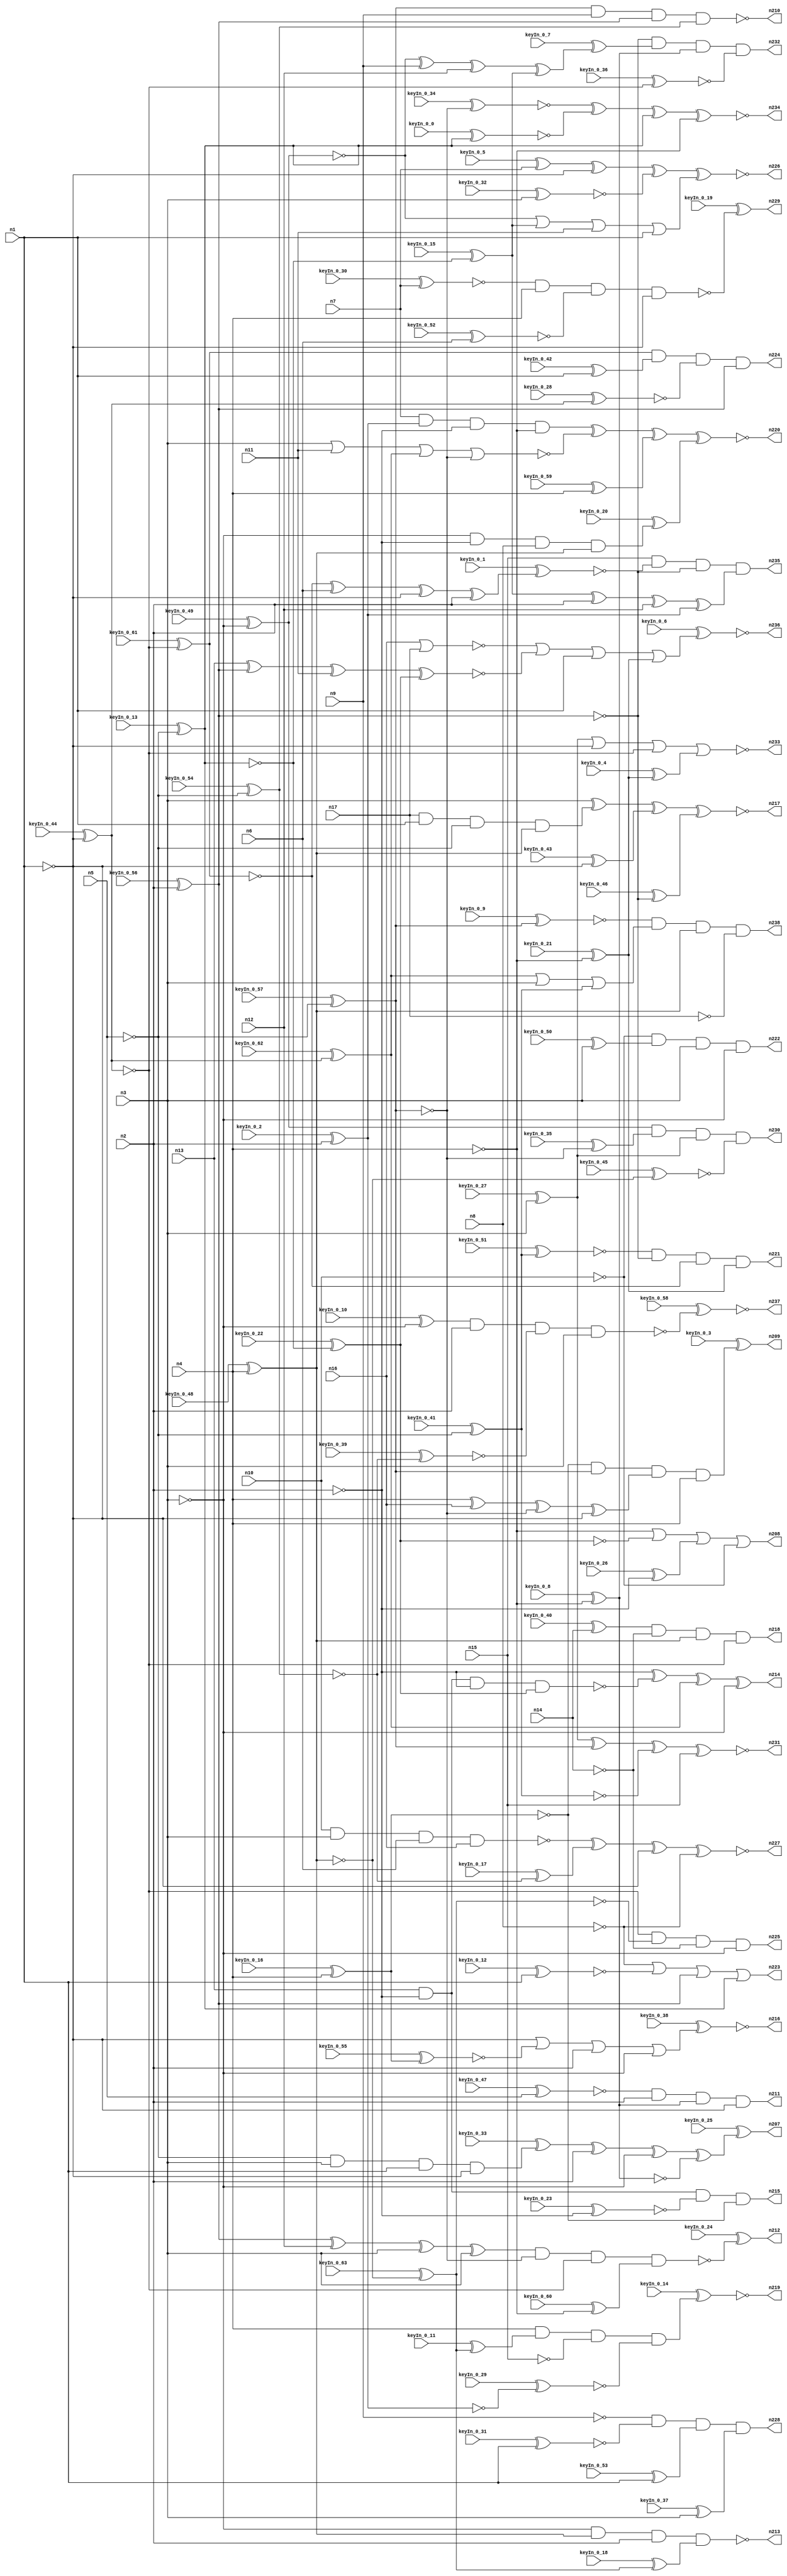


module Stat_221_421
(
  n1,
  n2,
  n3,
  n4,
  n5,
  n6,
  n7,
  n8,
  n9,
  n10,
  n11,
  n12,
  n13,
  n14,
  n15,
  n16,
  n17,
  n231,
  n212,
  n208,
  n238,
  n207,
  n226,
  n218,
  n214,
  n220,
  n227,
  n234,
  n235,
  n228,
  n222,
  n223,
  n209,
  n230,
  n224,
  n221,
  n210,
  n233,
  n216,
  n219,
  n237,
  n236,
  n232,
  n217,
  n213,
  n229,
  n215,
  n211,
  n225,
  keyIn_0_0,
  keyIn_0_1,
  keyIn_0_2,
  keyIn_0_3,
  keyIn_0_4,
  keyIn_0_5,
  keyIn_0_6,
  keyIn_0_7,
  keyIn_0_8,
  keyIn_0_9,
  keyIn_0_10,
  keyIn_0_11,
  keyIn_0_12,
  keyIn_0_13,
  keyIn_0_14,
  keyIn_0_15,
  keyIn_0_16,
  keyIn_0_17,
  keyIn_0_18,
  keyIn_0_19,
  keyIn_0_20,
  keyIn_0_21,
  keyIn_0_22,
  keyIn_0_23,
  keyIn_0_24,
  keyIn_0_25,
  keyIn_0_26,
  keyIn_0_27,
  keyIn_0_28,
  keyIn_0_29,
  keyIn_0_30,
  keyIn_0_31,
  keyIn_0_32,
  keyIn_0_33,
  keyIn_0_34,
  keyIn_0_35,
  keyIn_0_36,
  keyIn_0_37,
  keyIn_0_38,
  keyIn_0_39,
  keyIn_0_40,
  keyIn_0_41,
  keyIn_0_42,
  keyIn_0_43,
  keyIn_0_44,
  keyIn_0_45,
  keyIn_0_46,
  keyIn_0_47,
  keyIn_0_48,
  keyIn_0_49,
  keyIn_0_50,
  keyIn_0_51,
  keyIn_0_52,
  keyIn_0_53,
  keyIn_0_54,
  keyIn_0_55,
  keyIn_0_56,
  keyIn_0_57,
  keyIn_0_58,
  keyIn_0_59,
  keyIn_0_60,
  keyIn_0_61,
  keyIn_0_62,
  keyIn_0_63
);

  input n1;
  input n2;
  input n3;
  input n4;
  input n5;
  input n6;
  input n7;
  input n8;
  input n9;
  input n10;
  input n11;
  input n12;
  input n13;
  input n14;
  input n15;
  input n16;
  input n17;
  input keyIn_0_0;
  input keyIn_0_1;
  input keyIn_0_2;
  input keyIn_0_3;
  input keyIn_0_4;
  input keyIn_0_5;
  input keyIn_0_6;
  input keyIn_0_7;
  input keyIn_0_8;
  input keyIn_0_9;
  input keyIn_0_10;
  input keyIn_0_11;
  input keyIn_0_12;
  input keyIn_0_13;
  input keyIn_0_14;
  input keyIn_0_15;
  input keyIn_0_16;
  input keyIn_0_17;
  input keyIn_0_18;
  input keyIn_0_19;
  input keyIn_0_20;
  input keyIn_0_21;
  input keyIn_0_22;
  input keyIn_0_23;
  input keyIn_0_24;
  input keyIn_0_25;
  input keyIn_0_26;
  input keyIn_0_27;
  input keyIn_0_28;
  input keyIn_0_29;
  input keyIn_0_30;
  input keyIn_0_31;
  input keyIn_0_32;
  input keyIn_0_33;
  input keyIn_0_34;
  input keyIn_0_35;
  input keyIn_0_36;
  input keyIn_0_37;
  input keyIn_0_38;
  input keyIn_0_39;
  input keyIn_0_40;
  input keyIn_0_41;
  input keyIn_0_42;
  input keyIn_0_43;
  input keyIn_0_44;
  input keyIn_0_45;
  input keyIn_0_46;
  input keyIn_0_47;
  input keyIn_0_48;
  input keyIn_0_49;
  input keyIn_0_50;
  input keyIn_0_51;
  input keyIn_0_52;
  input keyIn_0_53;
  input keyIn_0_54;
  input keyIn_0_55;
  input keyIn_0_56;
  input keyIn_0_57;
  input keyIn_0_58;
  input keyIn_0_59;
  input keyIn_0_60;
  input keyIn_0_61;
  input keyIn_0_62;
  input keyIn_0_63;
  output n231;
  output n212;
  output n208;
  output n238;
  output n207;
  output n226;
  output n218;
  output n214;
  output n220;
  output n227;
  output n234;
  output n235;
  output n228;
  output n222;
  output n223;
  output n209;
  output n230;
  output n224;
  output n221;
  output n210;
  output n233;
  output n216;
  output n219;
  output n237;
  output n236;
  output n232;
  output n217;
  output n213;
  output n229;
  output n215;
  output n211;
  output n225;
  wire n18;
  wire n19;
  wire n20;
  wire n21;
  wire n22;
  wire n23;
  wire n24;
  wire n25;
  wire n26;
  wire n27;
  wire n28;
  wire n29;
  wire n30;
  wire n31;
  wire n32;
  wire n33;
  wire n34;
  wire n35;
  wire n36;
  wire n37;
  wire n38;
  wire n39;
  wire n40;
  wire n41;
  wire n42;
  wire n43;
  wire n44;
  wire n45;
  wire n46;
  wire n47;
  wire n48;
  wire n49;
  wire n50;
  wire n51;
  wire n52;
  wire n53;
  wire n54;
  wire n55;
  wire n56;
  wire n57;
  wire n58;
  wire n59;
  wire n60;
  wire n61;
  wire n62;
  wire n63;
  wire n64;
  wire n65;
  wire n66;
  wire n67;
  wire n68;
  wire n69;
  wire n70;
  wire n71;
  wire n72;
  wire n73;
  wire n74;
  wire n75;
  wire n76;
  wire n77;
  wire n78;
  wire n79;
  wire n80;
  wire n81;
  wire n82;
  wire n83;
  wire n84;
  wire n85;
  wire n86;
  wire n87;
  wire n88;
  wire n89;
  wire n90;
  wire n91;
  wire n92;
  wire n93;
  wire n94;
  wire n95;
  wire n96;
  wire n97;
  wire n98;
  wire n99;
  wire n100;
  wire n101;
  wire n102;
  wire n103;
  wire n104;
  wire n105;
  wire n106;
  wire n107;
  wire n108;
  wire n109;
  wire n110;
  wire n111;
  wire n112;
  wire n113;
  wire n114;
  wire n115;
  wire n116;
  wire n117;
  wire n118;
  wire n119;
  wire n120;
  wire n121;
  wire n122;
  wire n123;
  wire n124;
  wire n125;
  wire n126;
  wire n127;
  wire n128;
  wire n129;
  wire n130;
  wire n131;
  wire n132;
  wire n133;
  wire n134;
  wire n135;
  wire n136;
  wire n137;
  wire n138;
  wire n139;
  wire n140;
  wire n141;
  wire n142;
  wire n143;
  wire n144;
  wire n145;
  wire n146;
  wire n147;
  wire n148;
  wire n149;
  wire n150;
  wire n151;
  wire n152;
  wire n153;
  wire n154;
  wire n155;
  wire n156;
  wire n157;
  wire n158;
  wire n159;
  wire n160;
  wire n161;
  wire n162;
  wire n163;
  wire n164;
  wire n165;
  wire n166;
  wire n167;
  wire n168;
  wire n169;
  wire n170;
  wire n171;
  wire n172;
  wire n173;
  wire n174;
  wire n175;
  wire n176;
  wire n177;
  wire n178;
  wire n179;
  wire n180;
  wire n181;
  wire n182;
  wire n183;
  wire n184;
  wire n185;
  wire n186;
  wire n187;
  wire n188;
  wire n189;
  wire n190;
  wire n191;
  wire n192;
  wire n193;
  wire n194;
  wire n195;
  wire n196;
  wire n197;
  wire n198;
  wire n199;
  wire n200;
  wire n201;
  wire n202;
  wire n203;
  wire n204;
  wire n205;
  wire n206;
  wire KeyWire_0_0;
  wire KeyWire_0_1;
  wire KeyNOTWire_0_1;
  wire KeyWire_0_2;
  wire KeyWire_0_3;
  wire KeyNOTWire_0_3;
  wire KeyWire_0_4;
  wire KeyWire_0_5;
  wire KeyNOTWire_0_5;
  wire KeyWire_0_6;
  wire KeyNOTWire_0_6;
  wire KeyWire_0_7;
  wire KeyNOTWire_0_7;
  wire KeyWire_0_8;
  wire KeyNOTWire_0_8;
  wire KeyWire_0_9;
  wire KeyWire_0_10;
  wire KeyNOTWire_0_10;
  wire KeyWire_0_11;
  wire KeyWire_0_12;
  wire KeyWire_0_13;
  wire KeyNOTWire_0_13;
  wire KeyWire_0_14;
  wire KeyNOTWire_0_14;
  wire KeyWire_0_15;
  wire KeyWire_0_16;
  wire KeyNOTWire_0_16;
  wire KeyWire_0_17;
  wire KeyNOTWire_0_17;
  wire KeyWire_0_18;
  wire KeyWire_0_19;
  wire KeyNOTWire_0_19;
  wire KeyWire_0_20;
  wire KeyNOTWire_0_20;
  wire KeyWire_0_21;
  wire KeyNOTWire_0_21;
  wire KeyWire_0_22;
  wire KeyWire_0_23;
  wire KeyWire_0_24;
  wire KeyWire_0_25;
  wire KeyWire_0_26;
  wire KeyNOTWire_0_26;
  wire KeyWire_0_27;
  wire KeyNOTWire_0_27;
  wire KeyWire_0_28;
  wire KeyNOTWire_0_28;
  wire KeyWire_0_29;
  wire KeyNOTWire_0_29;
  wire KeyWire_0_30;
  wire KeyWire_0_31;
  wire KeyNOTWire_0_31;
  wire KeyWire_0_32;
  wire KeyNOTWire_0_32;
  wire KeyWire_0_33;
  wire KeyWire_0_34;
  wire KeyWire_0_35;
  wire KeyWire_0_36;
  wire KeyNOTWire_0_36;
  wire KeyWire_0_37;
  wire KeyNOTWire_0_37;
  wire KeyWire_0_38;
  wire KeyNOTWire_0_38;
  wire KeyWire_0_39;
  wire KeyNOTWire_0_39;
  wire KeyWire_0_40;
  wire KeyNOTWire_0_40;
  wire KeyWire_0_41;
  wire KeyNOTWire_0_41;
  wire KeyWire_0_42;
  wire KeyNOTWire_0_42;
  wire KeyWire_0_43;
  wire KeyNOTWire_0_43;
  wire KeyWire_0_44;
  wire KeyNOTWire_0_44;
  wire KeyWire_0_45;
  wire KeyNOTWire_0_45;
  wire KeyWire_0_46;
  wire KeyWire_0_47;
  wire KeyWire_0_48;
  wire KeyWire_0_49;
  wire KeyWire_0_50;
  wire KeyNOTWire_0_50;
  wire KeyWire_0_51;
  wire KeyWire_0_52;
  wire KeyWire_0_53;
  wire KeyWire_0_54;
  wire KeyWire_0_55;
  wire KeyWire_0_56;
  wire KeyWire_0_57;
  wire KeyNOTWire_0_57;
  wire KeyWire_0_58;
  wire KeyNOTWire_0_58;
  wire KeyWire_0_59;
  wire KeyWire_0_60;
  wire KeyWire_0_61;
  wire KeyNOTWire_0_61;
  wire KeyWire_0_62;
  wire KeyNOTWire_0_62;
  wire KeyWire_0_63;

  not
  g0
  (
    n28,
    n2
  );


  buf
  g1
  (
    n18,
    n3
  );


  not
  g2
  (
    n26,
    n3
  );


  not
  g3
  (
    KeyWire_0_44,
    n1
  );


  buf
  g4
  (
    n22,
    n5
  );


  buf
  g5
  (
    n30,
    n1
  );


  buf
  g6
  (
    n23,
    n3
  );


  not
  g7
  (
    KeyWire_0_13,
    n5
  );


  buf
  g8
  (
    n19,
    n2
  );


  not
  g9
  (
    KeyWire_0_57,
    n5
  );


  not
  g10
  (
    n20,
    n1
  );


  buf
  g11
  (
    KeyWire_0_48,
    n4
  );


  buf
  g12
  (
    KeyWire_0_56,
    n2
  );


  buf
  g13
  (
    n27,
    n4
  );


  not
  g14
  (
    n24,
    n4
  );


  buf
  g15
  (
    n78,
    n23
  );


  not
  g16
  (
    n58,
    n21
  );


  not
  g17
  (
    KeyWire_0_54,
    n22
  );


  not
  g18
  (
    KeyWire_0_62,
    n32
  );


  not
  g19
  (
    KeyWire_0_41,
    n22
  );


  buf
  g20
  (
    KeyWire_0_21,
    n24
  );


  buf
  g21
  (
    n48,
    n21
  );


  buf
  g22
  (
    n61,
    n20
  );


  not
  g23
  (
    n67,
    n26
  );


  not
  g24
  (
    n65,
    n18
  );


  not
  g25
  (
    n52,
    n30
  );


  buf
  g26
  (
    KeyWire_0_61,
    n32
  );


  not
  g27
  (
    n73,
    n28
  );


  not
  g28
  (
    n40,
    n31
  );


  not
  g29
  (
    n50,
    n20
  );


  buf
  g30
  (
    n43,
    n23
  );


  not
  g31
  (
    n44,
    n19
  );


  not
  g32
  (
    n34,
    n18
  );


  buf
  g33
  (
    KeyWire_0_63,
    n29
  );


  buf
  g34
  (
    KeyWire_0_22,
    n25
  );


  not
  g35
  (
    n74,
    n28
  );


  not
  g36
  (
    KeyWire_0_49,
    n18
  );


  not
  g37
  (
    n41,
    n27
  );


  not
  g38
  (
    n47,
    n29
  );


  not
  g39
  (
    KeyWire_0_16,
    n24
  );


  buf
  g40
  (
    n55,
    n30
  );


  not
  g41
  (
    n68,
    n22
  );


  buf
  g42
  (
    n38,
    n20
  );


  buf
  g43
  (
    n64,
    n28
  );


  buf
  g44
  (
    n72,
    n24
  );


  not
  g45
  (
    KeyWire_0_8,
    n27
  );


  buf
  g46
  (
    n39,
    n26
  );


  buf
  g47
  (
    KeyWire_0_2,
    n19
  );


  buf
  g48
  (
    n54,
    n30
  );


  not
  g49
  (
    n63,
    n26
  );


  not
  g50
  (
    n45,
    n21
  );


  buf
  g51
  (
    n60,
    n27
  );


  buf
  g52
  (
    n75,
    n32
  );


  buf
  g53
  (
    n36,
    n19
  );


  buf
  g54
  (
    n71,
    n25
  );


  buf
  g55
  (
    n77,
    n31
  );


  buf
  g56
  (
    KeyWire_0_27,
    n23
  );


  not
  g57
  (
    n66,
    n32
  );


  not
  g58
  (
    n46,
    n29
  );


  not
  g59
  (
    n76,
    n31
  );


  buf
  g60
  (
    KeyWire_0_15,
    n25
  );


  buf
  g61
  (
    n174,
    n33
  );


  buf
  g62
  (
    KeyWire_0_59,
    n60
  );


  not
  g63
  (
    n94,
    n45
  );


  buf
  g64
  (
    n181,
    n77
  );


  buf
  g65
  (
    KeyWire_0_9,
    n48
  );


  not
  g66
  (
    KeyWire_0_53,
    n52
  );


  not
  g67
  (
    n201,
    n9
  );


  buf
  g68
  (
    n143,
    n76
  );


  not
  g69
  (
    n91,
    n71
  );


  buf
  g70
  (
    n165,
    n34
  );


  buf
  g71
  (
    n99,
    n35
  );


  not
  g72
  (
    KeyWire_0_50,
    n65
  );


  not
  g73
  (
    n106,
    n77
  );


  not
  g74
  (
    n98,
    n57
  );


  buf
  g75
  (
    KeyWire_0_39,
    n53
  );


  buf
  g76
  (
    n178,
    n75
  );


  not
  g77
  (
    n108,
    n17
  );


  not
  g78
  (
    n141,
    n59
  );


  buf
  g79
  (
    n150,
    n45
  );


  not
  g80
  (
    n124,
    n41
  );


  buf
  g81
  (
    KeyWire_0_46,
    n77
  );


  not
  g82
  (
    n128,
    n69
  );


  not
  g83
  (
    n196,
    n39
  );


  not
  g84
  (
    n102,
    n67
  );


  buf
  g85
  (
    n156,
    n46
  );


  buf
  g86
  (
    n139,
    n41
  );


  buf
  g87
  (
    KeyWire_0_37,
    n78
  );


  buf
  g88
  (
    n132,
    n47
  );


  not
  g89
  (
    n127,
    n50
  );


  not
  g90
  (
    KeyWire_0_31,
    n61
  );


  buf
  g91
  (
    n197,
    n60
  );


  buf
  g92
  (
    KeyWire_0_51,
    n69
  );


  not
  g93
  (
    KeyWire_0_10,
    n78
  );


  buf
  g94
  (
    n80,
    n65
  );


  buf
  g95
  (
    n125,
    n38
  );


  not
  g96
  (
    n182,
    n14
  );


  buf
  g97
  (
    n81,
    n41
  );


  buf
  g98
  (
    KeyWire_0_5,
    n7
  );


  buf
  g99
  (
    KeyWire_0_28,
    n66
  );


  not
  g100
  (
    n160,
    n14
  );


  buf
  g101
  (
    n87,
    n65
  );


  buf
  g102
  (
    n118,
    n55
  );


  buf
  g103
  (
    n138,
    n36
  );


  not
  g104
  (
    n170,
    n8
  );


  not
  g105
  (
    n154,
    n72
  );


  not
  g106
  (
    n188,
    n70
  );


  not
  g107
  (
    n145,
    n54
  );


  buf
  g108
  (
    KeyWire_0_23,
    n44
  );


  not
  g109
  (
    n130,
    n76
  );


  buf
  g110
  (
    n206,
    n73
  );


  buf
  g111
  (
    n149,
    n52
  );


  buf
  g112
  (
    n90,
    n35
  );


  not
  g113
  (
    n120,
    n42
  );


  not
  g114
  (
    n192,
    n8
  );


  not
  g115
  (
    n111,
    n74
  );


  buf
  g116
  (
    n117,
    n74
  );


  buf
  g117
  (
    KeyWire_0_30,
    n7
  );


  not
  g118
  (
    n202,
    n15
  );


  not
  g119
  (
    KeyWire_0_55,
    n49
  );


  buf
  g120
  (
    KeyWire_0_52,
    n6
  );


  buf
  g121
  (
    n126,
    n47
  );


  not
  g122
  (
    n142,
    n59
  );


  not
  g123
  (
    n96,
    n33
  );


  buf
  g124
  (
    n147,
    n15
  );


  buf
  g125
  (
    KeyWire_0_17,
    n53
  );


  not
  g126
  (
    KeyWire_0_32,
    n34
  );


  buf
  g127
  (
    KeyWire_0_34,
    n58
  );


  not
  g128
  (
    n183,
    n10
  );


  not
  g129
  (
    n185,
    n66
  );


  buf
  g130
  (
    n169,
    n64
  );


  buf
  g131
  (
    KeyWire_0_35,
    n45
  );


  not
  g132
  (
    KeyWire_0_26,
    n73
  );


  not
  g133
  (
    n109,
    n40
  );


  not
  g134
  (
    KeyWire_0_4,
    n59
  );


  buf
  g135
  (
    n85,
    n9
  );


  buf
  g136
  (
    n131,
    n74
  );


  not
  g137
  (
    KeyWire_0_0,
    n71
  );


  not
  g138
  (
    KeyWire_0_29,
    n51
  );


  buf
  g139
  (
    n88,
    n62
  );


  not
  g140
  (
    n82,
    n43
  );


  buf
  g141
  (
    KeyWire_0_36,
    n75
  );


  buf
  g142
  (
    n193,
    n40
  );


  buf
  g143
  (
    n158,
    n37
  );


  not
  g144
  (
    KeyWire_0_43,
    n50
  );


  buf
  g145
  (
    n100,
    n49
  );


  not
  g146
  (
    n140,
    n71
  );


  buf
  g147
  (
    n110,
    n49
  );


  buf
  g148
  (
    n186,
    n38
  );


  buf
  g149
  (
    n191,
    n57
  );


  not
  g150
  (
    n119,
    n43
  );


  not
  g151
  (
    KeyWire_0_11,
    n37
  );


  not
  g152
  (
    KeyWire_0_18,
    n37
  );


  not
  g153
  (
    KeyWire_0_45,
    n46
  );


  buf
  g154
  (
    n162,
    n48
  );


  buf
  g155
  (
    n83,
    n48
  );


  not
  g156
  (
    n148,
    n66
  );


  buf
  g157
  (
    n195,
    n13
  );


  not
  g158
  (
    n95,
    n54
  );


  not
  g159
  (
    n204,
    n10
  );


  buf
  g160
  (
    KeyWire_0_40,
    n14
  );


  buf
  g161
  (
    n189,
    n75
  );


  buf
  g162
  (
    KeyWire_0_12,
    n55
  );


  not
  g163
  (
    n187,
    n39
  );


  buf
  g164
  (
    n200,
    n35
  );


  buf
  g165
  (
    n168,
    n73
  );


  not
  g166
  (
    n172,
    n34
  );


  not
  g167
  (
    n190,
    n53
  );


  buf
  g168
  (
    KeyWire_0_60,
    n72
  );


  not
  g169
  (
    KeyWire_0_47,
    n68
  );


  not
  g170
  (
    KeyWire_0_42,
    n61
  );


  buf
  g171
  (
    n177,
    n15
  );


  not
  g172
  (
    n153,
    n33
  );


  nor
  g173
  (
    n144,
    n16,
    n17
  );


  xor
  g174
  (
    KeyWire_0_1,
    n57,
    n6,
    n38,
    n36
  );


  or
  g175
  (
    n164,
    n70,
    n56,
    n11,
    n50
  );


  xor
  g176
  (
    KeyWire_0_7,
    n70,
    n9,
    n12,
    n56
  );


  and
  g177
  (
    n103,
    n17,
    n55,
    n68,
    n46
  );


  nand
  g178
  (
    n179,
    n10,
    n78,
    n6,
    n16
  );


  nand
  g179
  (
    n116,
    n13,
    n44,
    n64,
    n42
  );


  and
  g180
  (
    n121,
    n7,
    n51,
    n64,
    n72
  );


  and
  g181
  (
    KeyWire_0_20,
    n39,
    n44,
    n8,
    n47
  );


  and
  g182
  (
    KeyWire_0_33,
    n68,
    n67,
    n54,
    n61
  );


  xor
  g183
  (
    n173,
    n60,
    n16,
    n58,
    n52
  );


  xor
  g184
  (
    n167,
    n76,
    n12,
    n63,
    n67
  );


  or
  g185
  (
    n134,
    n62,
    n63,
    n69
  );


  xor
  g186
  (
    n113,
    n56,
    n36,
    n12,
    n51
  );


  nor
  g187
  (
    n135,
    n43,
    n11,
    n62,
    n58
  );


  xnor
  g188
  (
    n89,
    n13,
    n40,
    n11,
    n42
  );


  xnor
  g189
  (
    n220,
    n121,
    n135,
    n101,
    n184
  );


  and
  g190
  (
    n222,
    n204,
    n199,
    n196,
    n119
  );


  nand
  g191
  (
    n213,
    n87,
    n126,
    n206,
    n194
  );


  or
  g192
  (
    n208,
    n139,
    n120,
    n92,
    n183
  );


  and
  g193
  (
    KeyWire_0_14,
    n154,
    n198,
    n202,
    n163
  );


  and
  g194
  (
    n232,
    n109,
    n107,
    n96,
    n146
  );


  and
  g195
  (
    n225,
    n178,
    n158,
    n160,
    n102
  );


  xnor
  g196
  (
    n227,
    n179,
    n157,
    n145,
    n192
  );


  nand
  g197
  (
    n210,
    n83,
    n85,
    n193,
    n190
  );


  and
  g198
  (
    n218,
    n86,
    n182,
    n156,
    n148
  );


  xnor
  g199
  (
    n231,
    n99,
    n162,
    n128,
    n147
  );


  xor
  g200
  (
    n214,
    n169,
    n116,
    n88,
    n165
  );


  and
  g201
  (
    n224,
    n98,
    n79,
    n123,
    n143
  );


  and
  g202
  (
    n238,
    n104,
    n134,
    n132,
    n108
  );


  nand
  g203
  (
    KeyWire_0_58,
    n136,
    n131,
    n176,
    n172
  );


  or
  g204
  (
    n223,
    n170,
    n175,
    n106,
    n140
  );


  or
  g205
  (
    KeyWire_0_38,
    n186,
    n166,
    n168,
    n82
  );


  and
  g206
  (
    KeyWire_0_3,
    n110,
    n94,
    n173,
    n124
  );


  and
  g207
  (
    n211,
    n115,
    n138,
    n153,
    n149
  );


  and
  g208
  (
    n215,
    n195,
    n111,
    n137,
    n100
  );


  nand
  g209
  (
    KeyWire_0_19,
    n129,
    n197,
    n114,
    n95
  );


  xnor
  g210
  (
    n234,
    n151,
    n122,
    n91,
    n81
  );


  nand
  g211
  (
    KeyWire_0_24,
    n167,
    n150,
    n185,
    n171
  );


  xnor
  g212
  (
    n217,
    n187,
    n103,
    n152,
    n203
  );


  and
  g213
  (
    n235,
    n177,
    n105,
    n181,
    n113
  );


  and
  g214
  (
    n221,
    n84,
    n130,
    n191,
    n141
  );


  and
  g215
  (
    n230,
    n188,
    n161,
    n200,
    n180
  );


  or
  g216
  (
    KeyWire_0_6,
    n144,
    n89,
    n118,
    n142
  );


  xnor
  g217
  (
    n226,
    n112,
    n125,
    n97,
    n164
  );


  nor
  g218
  (
    n233,
    n90,
    n127,
    n189,
    n93
  );


  xor
  g219
  (
    KeyWire_0_25,
    n159,
    n117,
    n80,
    n174
  );


  and
  g220
  (
    n228,
    n201,
    n133,
    n155,
    n205
  );


  xnor
  KeyGate_0_0
  (
    n122,
    keyIn_0_0,
    KeyWire_0_0
  );


  xor
  KeyGate_0_1
  (
    KeyNOTWire_0_1,
    keyIn_0_1,
    KeyWire_0_1
  );


  not
  KeyNOTGate_0_1
  (
    n105,
    KeyNOTWire_0_1
  );


  xor
  KeyGate_0_2
  (
    n51,
    keyIn_0_2,
    KeyWire_0_2
  );


  xnor
  KeyGate_0_3
  (
    KeyNOTWire_0_3,
    keyIn_0_3,
    KeyWire_0_3
  );


  not
  KeyNOTGate_0_3
  (
    n209,
    KeyNOTWire_0_3
  );


  xor
  KeyGate_0_4
  (
    n93,
    keyIn_0_4,
    KeyWire_0_4
  );


  xnor
  KeyGate_0_5
  (
    KeyNOTWire_0_5,
    keyIn_0_5,
    KeyWire_0_5
  );


  not
  KeyNOTGate_0_5
  (
    n112,
    KeyNOTWire_0_5
  );


  xor
  KeyGate_0_6
  (
    KeyNOTWire_0_6,
    keyIn_0_6,
    KeyWire_0_6
  );


  not
  KeyNOTGate_0_6
  (
    n236,
    KeyNOTWire_0_6
  );


  xnor
  KeyGate_0_7
  (
    KeyNOTWire_0_7,
    keyIn_0_7,
    KeyWire_0_7
  );


  not
  KeyNOTGate_0_7
  (
    n107,
    KeyNOTWire_0_7
  );


  xor
  KeyGate_0_8
  (
    KeyNOTWire_0_8,
    keyIn_0_8,
    KeyWire_0_8
  );


  not
  KeyNOTGate_0_8
  (
    n33,
    KeyNOTWire_0_8
  );


  xnor
  KeyGate_0_9
  (
    n104,
    keyIn_0_9,
    KeyWire_0_9
  );


  xnor
  KeyGate_0_10
  (
    KeyNOTWire_0_10,
    keyIn_0_10,
    KeyWire_0_10
  );


  not
  KeyNOTGate_0_10
  (
    n136,
    KeyNOTWire_0_10
  );


  xor
  KeyGate_0_11
  (
    n198,
    keyIn_0_11,
    KeyWire_0_11
  );


  xnor
  KeyGate_0_12
  (
    n175,
    keyIn_0_12,
    KeyWire_0_12
  );


  xor
  KeyGate_0_13
  (
    KeyNOTWire_0_13,
    keyIn_0_13,
    KeyWire_0_13
  );


  not
  KeyNOTGate_0_13
  (
    n25,
    KeyNOTWire_0_13
  );


  xor
  KeyGate_0_14
  (
    KeyNOTWire_0_14,
    keyIn_0_14,
    KeyWire_0_14
  );


  not
  KeyNOTGate_0_14
  (
    n219,
    KeyNOTWire_0_14
  );


  xor
  KeyGate_0_15
  (
    n56,
    keyIn_0_15,
    KeyWire_0_15
  );


  xor
  KeyGate_0_16
  (
    KeyNOTWire_0_16,
    keyIn_0_16,
    KeyWire_0_16
  );


  not
  KeyNOTGate_0_16
  (
    n49,
    KeyNOTWire_0_16
  );


  xnor
  KeyGate_0_17
  (
    KeyNOTWire_0_17,
    keyIn_0_17,
    KeyWire_0_17
  );


  not
  KeyNOTGate_0_17
  (
    n157,
    KeyNOTWire_0_17
  );


  xor
  KeyGate_0_18
  (
    n194,
    keyIn_0_18,
    KeyWire_0_18
  );


  xnor
  KeyGate_0_19
  (
    KeyNOTWire_0_19,
    keyIn_0_19,
    KeyWire_0_19
  );


  not
  KeyNOTGate_0_19
  (
    n229,
    KeyNOTWire_0_19
  );


  xnor
  KeyGate_0_20
  (
    KeyNOTWire_0_20,
    keyIn_0_20,
    KeyWire_0_20
  );


  not
  KeyNOTGate_0_20
  (
    n184,
    KeyNOTWire_0_20
  );


  xor
  KeyGate_0_21
  (
    KeyNOTWire_0_21,
    keyIn_0_21,
    KeyWire_0_21
  );


  not
  KeyNOTGate_0_21
  (
    n59,
    KeyNOTWire_0_21
  );


  xor
  KeyGate_0_22
  (
    n42,
    keyIn_0_22,
    KeyWire_0_22
  );


  xnor
  KeyGate_0_23
  (
    n137,
    keyIn_0_23,
    KeyWire_0_23
  );


  xor
  KeyGate_0_24
  (
    n212,
    keyIn_0_24,
    KeyWire_0_24
  );


  xor
  KeyGate_0_25
  (
    n207,
    keyIn_0_25,
    KeyWire_0_25
  );


  xnor
  KeyGate_0_26
  (
    KeyNOTWire_0_26,
    keyIn_0_26,
    KeyWire_0_26
  );


  not
  KeyNOTGate_0_26
  (
    n92,
    KeyNOTWire_0_26
  );


  xnor
  KeyGate_0_27
  (
    KeyNOTWire_0_27,
    keyIn_0_27,
    KeyWire_0_27
  );


  not
  KeyNOTGate_0_27
  (
    n35,
    KeyNOTWire_0_27
  );


  xor
  KeyGate_0_28
  (
    KeyNOTWire_0_28,
    keyIn_0_28,
    KeyWire_0_28
  );


  not
  KeyNOTGate_0_28
  (
    n123,
    KeyNOTWire_0_28
  );


  xor
  KeyGate_0_29
  (
    KeyNOTWire_0_29,
    keyIn_0_29,
    KeyWire_0_29
  );


  not
  KeyNOTGate_0_29
  (
    n163,
    KeyNOTWire_0_29
  );


  xnor
  KeyGate_0_30
  (
    n129,
    keyIn_0_30,
    KeyWire_0_30
  );


  xor
  KeyGate_0_31
  (
    KeyNOTWire_0_31,
    keyIn_0_31,
    KeyWire_0_31
  );


  not
  KeyNOTGate_0_31
  (
    n133,
    KeyNOTWire_0_31
  );


  xor
  KeyGate_0_32
  (
    KeyNOTWire_0_32,
    keyIn_0_32,
    KeyWire_0_32
  );


  not
  KeyNOTGate_0_32
  (
    n97,
    KeyNOTWire_0_32
  );


  xor
  KeyGate_0_33
  (
    n159,
    keyIn_0_33,
    KeyWire_0_33
  );


  xnor
  KeyGate_0_34
  (
    n151,
    keyIn_0_34,
    KeyWire_0_34
  );


  xor
  KeyGate_0_35
  (
    n161,
    keyIn_0_35,
    KeyWire_0_35
  );


  xor
  KeyGate_0_36
  (
    KeyNOTWire_0_36,
    keyIn_0_36,
    KeyWire_0_36
  );


  not
  KeyNOTGate_0_36
  (
    n146,
    KeyNOTWire_0_36
  );


  xnor
  KeyGate_0_37
  (
    KeyNOTWire_0_37,
    keyIn_0_37,
    KeyWire_0_37
  );


  not
  KeyNOTGate_0_37
  (
    n205,
    KeyNOTWire_0_37
  );


  xor
  KeyGate_0_38
  (
    KeyNOTWire_0_38,
    keyIn_0_38,
    KeyWire_0_38
  );


  not
  KeyNOTGate_0_38
  (
    n216,
    KeyNOTWire_0_38
  );


  xor
  KeyGate_0_39
  (
    KeyNOTWire_0_39,
    keyIn_0_39,
    KeyWire_0_39
  );


  not
  KeyNOTGate_0_39
  (
    n176,
    KeyNOTWire_0_39
  );


  xnor
  KeyGate_0_40
  (
    KeyNOTWire_0_40,
    keyIn_0_40,
    KeyWire_0_40
  );


  not
  KeyNOTGate_0_40
  (
    n86,
    KeyNOTWire_0_40
  );


  xnor
  KeyGate_0_41
  (
    KeyNOTWire_0_41,
    keyIn_0_41,
    KeyWire_0_41
  );


  not
  KeyNOTGate_0_41
  (
    n69,
    KeyNOTWire_0_41
  );


  xnor
  KeyGate_0_42
  (
    KeyNOTWire_0_42,
    keyIn_0_42,
    KeyWire_0_42
  );


  not
  KeyNOTGate_0_42
  (
    n79,
    KeyNOTWire_0_42
  );


  xnor
  KeyGate_0_43
  (
    KeyNOTWire_0_43,
    keyIn_0_43,
    KeyWire_0_43
  );


  not
  KeyNOTGate_0_43
  (
    n152,
    KeyNOTWire_0_43
  );


  xor
  KeyGate_0_44
  (
    KeyNOTWire_0_44,
    keyIn_0_44,
    KeyWire_0_44
  );


  not
  KeyNOTGate_0_44
  (
    n32,
    KeyNOTWire_0_44
  );


  xor
  KeyGate_0_45
  (
    KeyNOTWire_0_45,
    keyIn_0_45,
    KeyWire_0_45
  );


  not
  KeyNOTGate_0_45
  (
    n180,
    KeyNOTWire_0_45
  );


  xor
  KeyGate_0_46
  (
    n203,
    keyIn_0_46,
    KeyWire_0_46
  );


  xnor
  KeyGate_0_47
  (
    n115,
    keyIn_0_47,
    KeyWire_0_47
  );


  xnor
  KeyGate_0_48
  (
    n29,
    keyIn_0_48,
    KeyWire_0_48
  );


  xnor
  KeyGate_0_49
  (
    n70,
    keyIn_0_49,
    KeyWire_0_49
  );


  xnor
  KeyGate_0_50
  (
    KeyNOTWire_0_50,
    keyIn_0_50,
    KeyWire_0_50
  );


  not
  KeyNOTGate_0_50
  (
    n199,
    KeyNOTWire_0_50
  );


  xnor
  KeyGate_0_51
  (
    n84,
    keyIn_0_51,
    KeyWire_0_51
  );


  xnor
  KeyGate_0_52
  (
    n114,
    keyIn_0_52,
    KeyWire_0_52
  );


  xor
  KeyGate_0_53
  (
    n155,
    keyIn_0_53,
    KeyWire_0_53
  );


  xnor
  KeyGate_0_54
  (
    n53,
    keyIn_0_54,
    KeyWire_0_54
  );


  xnor
  KeyGate_0_55
  (
    n166,
    keyIn_0_55,
    KeyWire_0_55
  );


  xnor
  KeyGate_0_56
  (
    n31,
    keyIn_0_56,
    KeyWire_0_56
  );


  xnor
  KeyGate_0_57
  (
    KeyNOTWire_0_57,
    keyIn_0_57,
    KeyWire_0_57
  );


  not
  KeyNOTGate_0_57
  (
    n21,
    KeyNOTWire_0_57
  );


  xor
  KeyGate_0_58
  (
    KeyNOTWire_0_58,
    keyIn_0_58,
    KeyWire_0_58
  );


  not
  KeyNOTGate_0_58
  (
    n237,
    KeyNOTWire_0_58
  );


  xor
  KeyGate_0_59
  (
    n101,
    keyIn_0_59,
    KeyWire_0_59
  );


  xor
  KeyGate_0_60
  (
    n171,
    keyIn_0_60,
    KeyWire_0_60
  );


  xor
  KeyGate_0_61
  (
    KeyNOTWire_0_61,
    keyIn_0_61,
    KeyWire_0_61
  );


  not
  KeyNOTGate_0_61
  (
    n57,
    KeyNOTWire_0_61
  );


  xnor
  KeyGate_0_62
  (
    KeyNOTWire_0_62,
    keyIn_0_62,
    KeyWire_0_62
  );


  not
  KeyNOTGate_0_62
  (
    n62,
    KeyNOTWire_0_62
  );


  xnor
  KeyGate_0_63
  (
    n37,
    keyIn_0_63,
    KeyWire_0_63
  );


endmodule